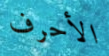
الأحرف